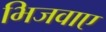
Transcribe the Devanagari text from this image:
भिजवाए